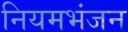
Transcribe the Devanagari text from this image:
नियमभंजन